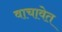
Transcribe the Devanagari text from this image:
वाचावेत